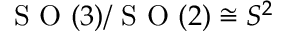
\mathrm { ~ S ~ O ~ } ( 3 ) / \mathrm { ~ S ~ O ~ } ( 2 ) \cong S ^ { 2 }